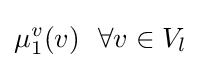
\mu _{1}^{v}(v)~~\forall v\in V_{l}